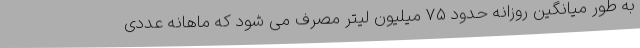
به طور میانگین روزانه حدود ۷۵ میلیون لیتر مصرف می شود که ماهانه عددی